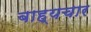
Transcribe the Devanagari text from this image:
बाह्यचार